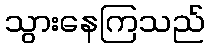
သွားနေကြသည်